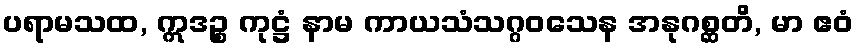
ပရာမသထ, ဣဒဉ္စ ကုဋ္ဌံ နာမ ကာယသံသဂ္ဂဝသေန အနုဂစ္ဆတိ, မာ ဧဝံ